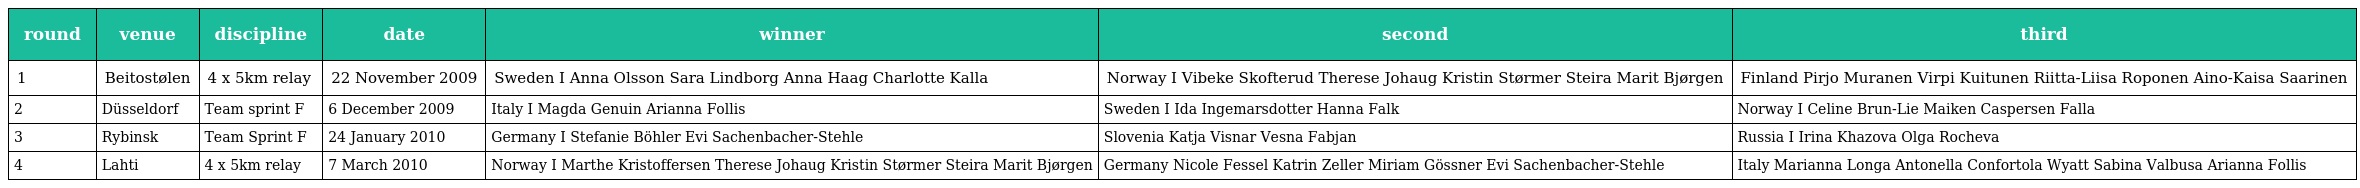
| round | venue | discipline | date | winner | second | third |
 | --- | --- | --- | --- | --- | --- | --- |
 | 1 | Beitostølen | 4 x 5km relay | 22 November 2009 | Sweden I Anna Olsson Sara Lindborg Anna Haag Charlotte Kalla | Norway I Vibeke Skofterud Therese Johaug Kristin Størmer Steira Marit Bjørgen | Finland Pirjo Muranen Virpi Kuitunen Riitta-Liisa Roponen Aino-Kaisa Saarinen |
 | 2 | Düsseldorf | Team sprint F | 6 December 2009 | Italy I Magda Genuin Arianna Follis | Sweden I Ida Ingemarsdotter Hanna Falk | Norway I Celine Brun-Lie Maiken Caspersen Falla |
 | 3 | Rybinsk | Team Sprint F | 24 January 2010 | Germany I Stefanie Böhler Evi Sachenbacher-Stehle | Slovenia Katja Visnar Vesna Fabjan | Russia I Irina Khazova Olga Rocheva |
 | 4 | Lahti | 4 x 5km relay | 7 March 2010 | Norway I Marthe Kristoffersen Therese Johaug Kristin Størmer Steira Marit Bjørgen | Germany Nicole Fessel Katrin Zeller Miriam Gössner Evi Sachenbacher-Stehle | Italy Marianna Longa Antonella Confortola Wyatt Sabina Valbusa Arianna Follis |